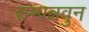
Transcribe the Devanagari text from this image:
सम्पन्नवुन